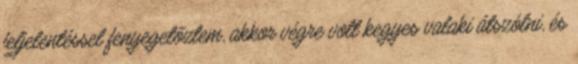
feljelentéssel fenyegetőztem, akkor végre volt kegyes valaki átszólni, és